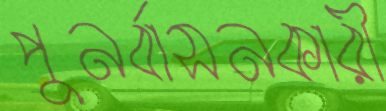
পুনর্বাসনকারী